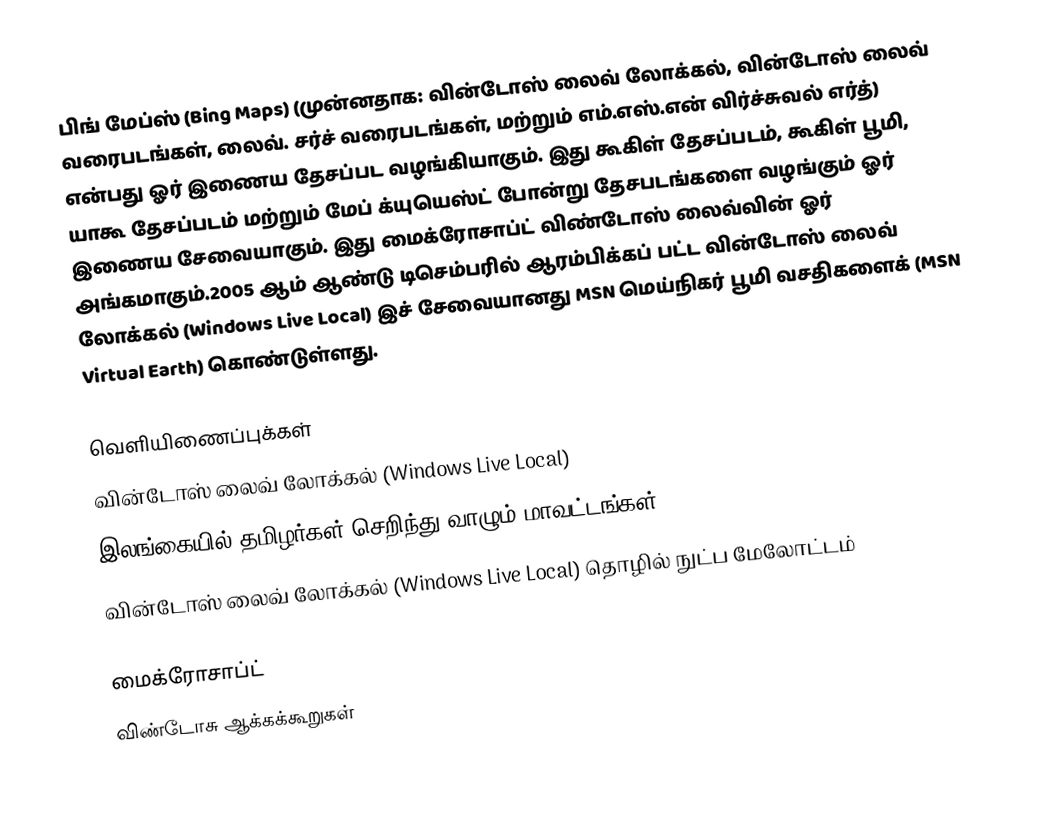
பிங் மேப்ஸ் (Bing Maps) (முன்னதாக: வின்டோஸ் லைவ் லோக்கல், வின்டோஸ் லைவ் வரைபடங்கள், லைவ். சர்ச் வரைபடங்கள், மற்றும் எம்.எஸ்.என் விர்ச்சுவல் எர்த்) என்பது ஓர் இணைய தேசப்பட வழங்கியாகும். இது கூகிள் தேசப்படம், கூகிள் பூமி, யாகூ தேசப்படம் மற்றும் மேப் க்யுயெஸ்ட் போன்று தேசபடங்களை வழங்கும் ஓர் இணைய சேவையாகும். இது மைக்ரோசாப்ட் விண்டோஸ் லைவ்வின் ஓர் அங்கமாகும்.2005 ஆம் ஆண்டு டிசெம்பரில் ஆரம்பிக்கப் பட்ட வின்டோஸ் லைவ் லோக்கல் (Windows Live Local) இச் சேவையானது MSN மெய்நிகர் பூமி வசதிகளைக் (MSN Virtual Earth) கொண்டுள்ளது.

வெளியிணைப்புக்கள்
வின்டோஸ் லைவ் லோக்கல் (Windows Live Local)
இலங்கையில் தமிழர்கள் செறிந்து வாழும் மாவட்டங்கள்
வின்டோஸ் லைவ் லோக்கல் (Windows Live Local) தொழில் நுட்ப மேலோட்டம்

மைக்ரோசாப்ட்
விண்டோசு ஆக்கக்கூறுகள்